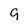
Character: 9